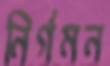
নির্গমন